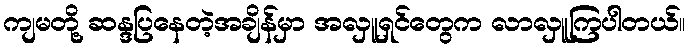
ကျမတို့ ဆန္ဒပြနေတဲ့အချိန်မှာ အလှူရှင်တွေက လာလှူကြပါတယ်။